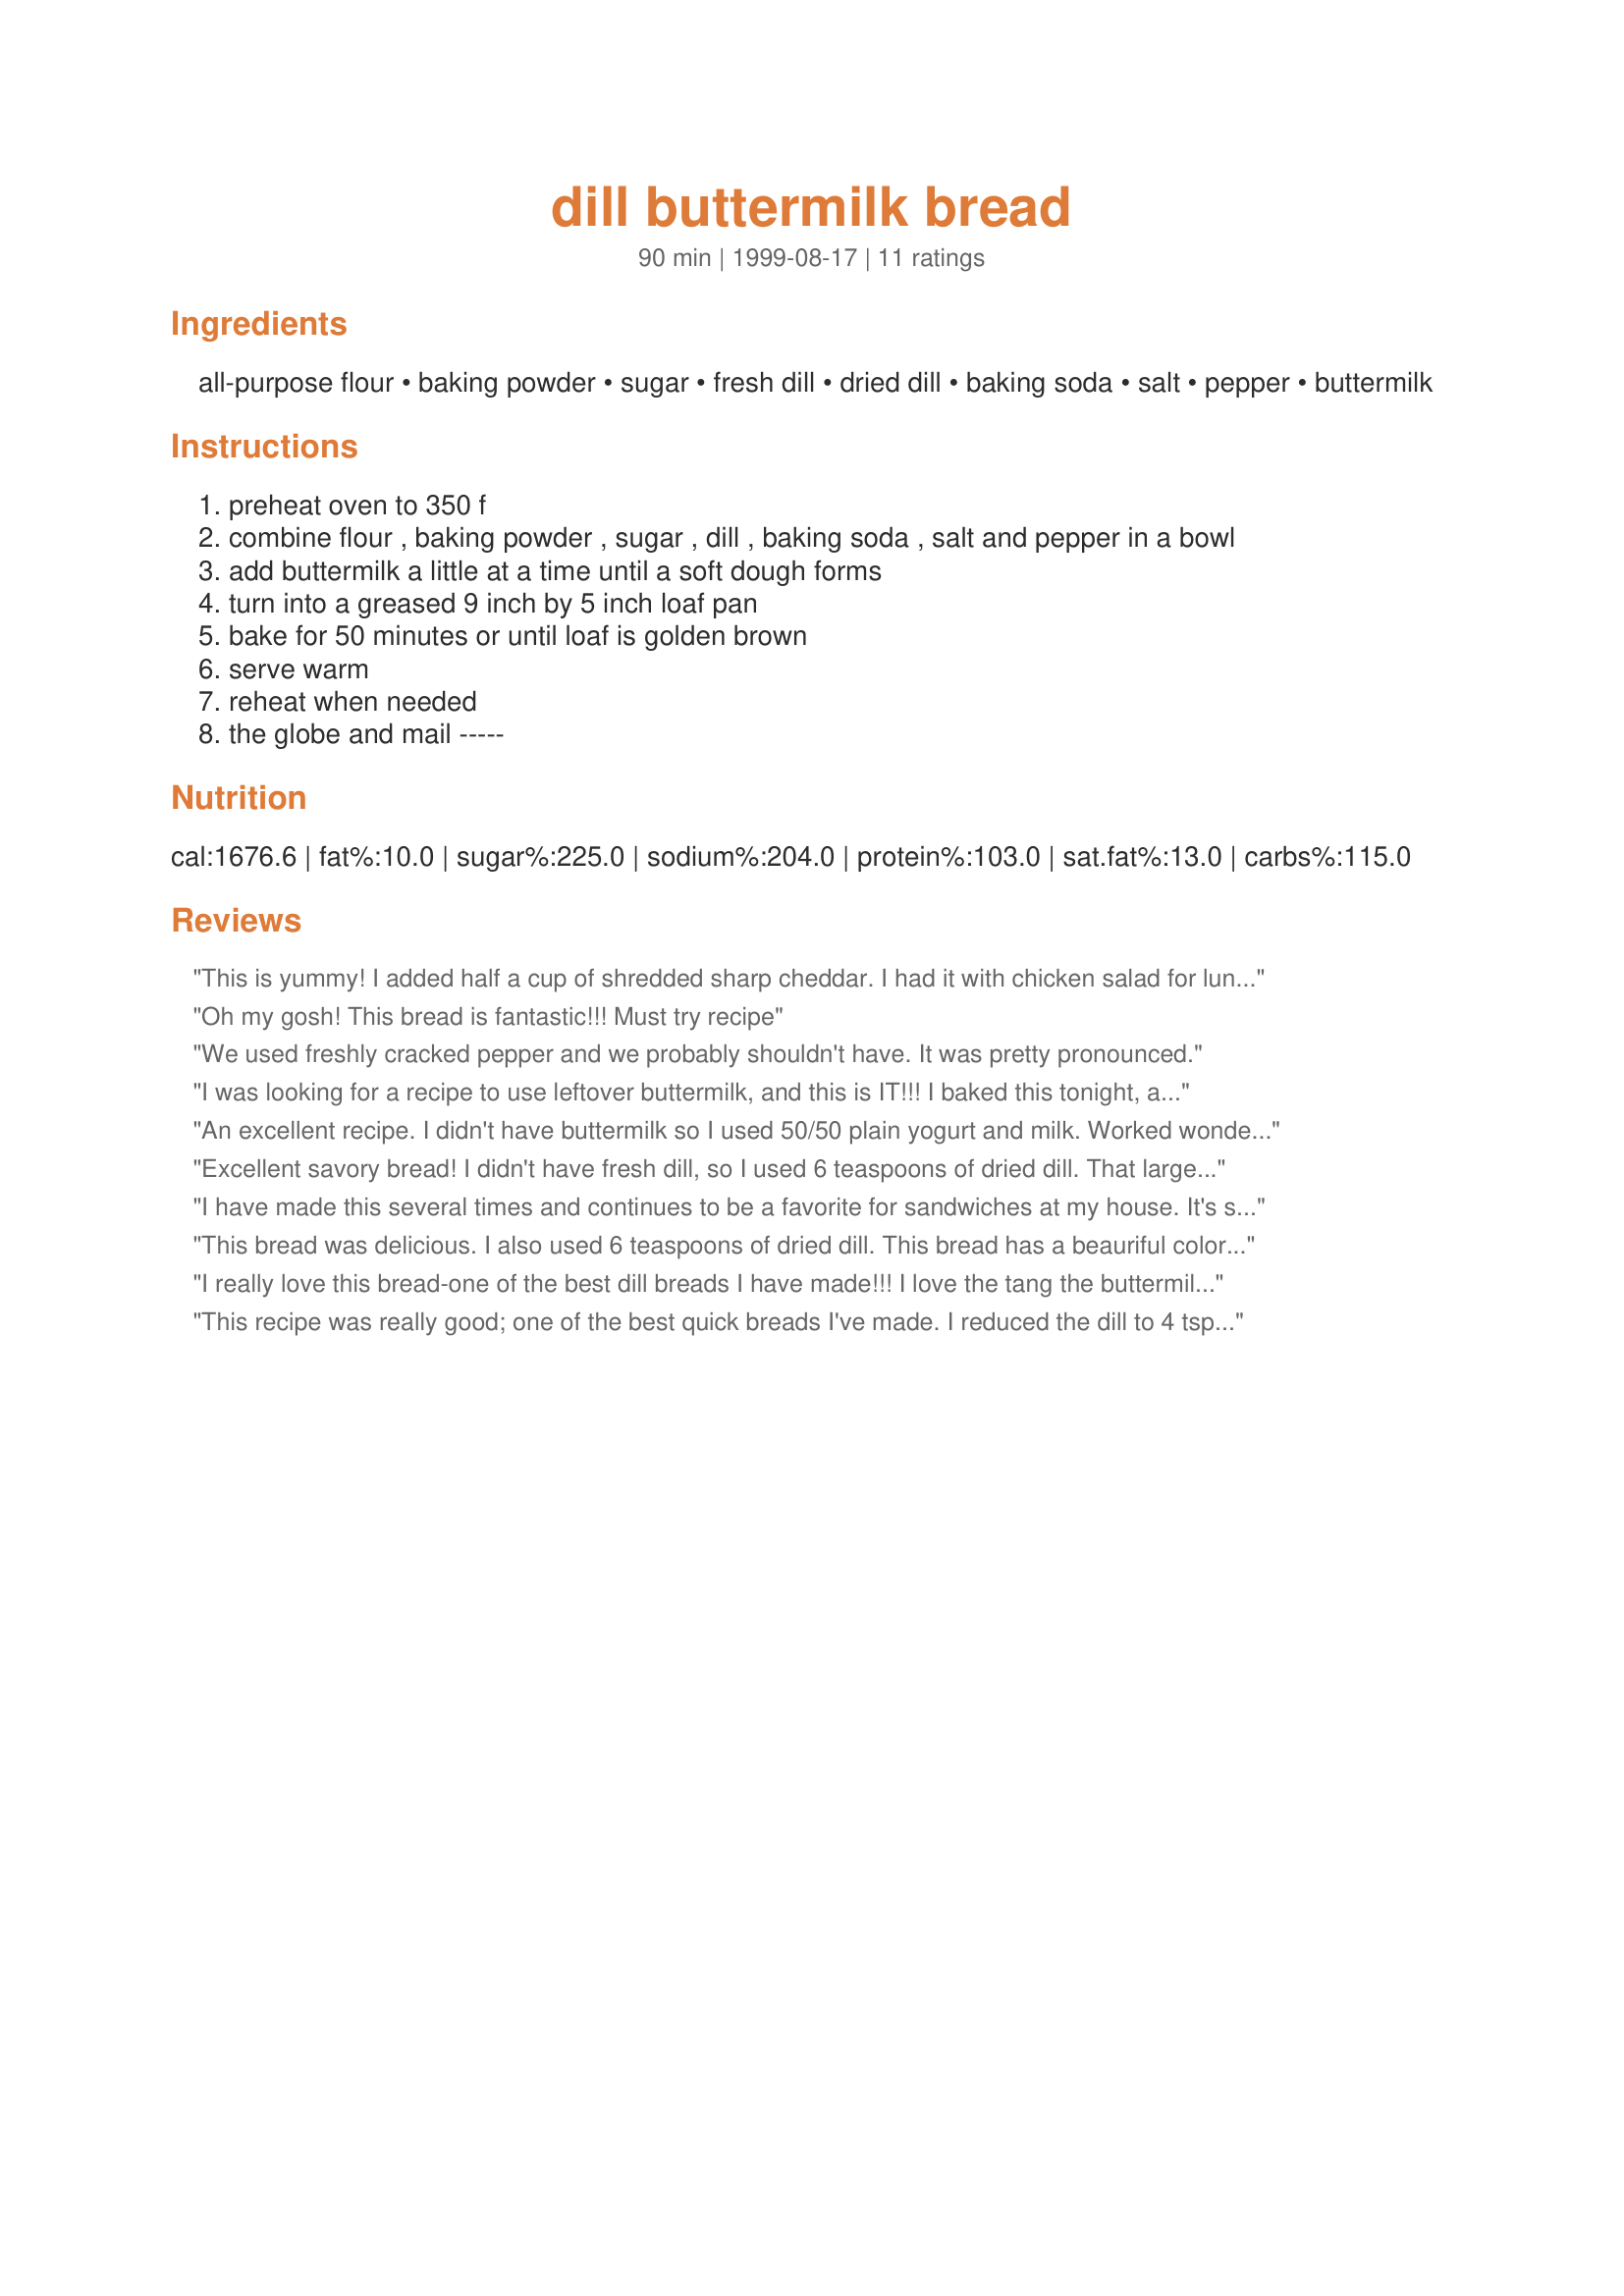
dill buttermilk bread
Preparation time: 90 minutes

Ingredients:
all-purpose flour, baking powder, sugar, fresh dill, dried dill, baking soda, salt, pepper, buttermilk

Steps:
preheat oven to 350 f
combine flour , baking powder , sugar , dill , baking soda , salt and pepper in a bowl
add buttermilk a little at a time until a soft dough forms
turn into a greased 9 inch by 5 inch loaf pan
bake for 50 minutes or until loaf is golden brown
serve warm
reheat when needed
the globe and mail -----

Reviews:
This is yummy! I added half a cup of shredded sharp cheddar. I had it with chicken salad for lunch and serving it with vegetable soup for dinner. Thanks for the recipe!
Oh my gosh! This bread is fantastic!!! Must try recipe
We used freshly cracked pepper and we probably shouldn't have. It was pretty pronounced.
I was looking for a recipe to use leftover buttermilk, and this is IT!!! I baked this tonight, and it is VERY GOOD! I made open egg salad sandwiches using this recipe, and my husband wants to have it again tomorrow night. THANK YOU!!
An excellent recipe. I didn't have buttermilk so I used 50/50 plain yogurt and milk. Worked wonderful but I did increase the liquid to 2 cups. A nice moist bread with great flavor. A definite winner.
Excellent savory bread! I didn't have fresh dill, so I used 6 teaspoons of dried dill. That large amount of leavening in this recipe made it rise beautifully and I was even afraid it would spill out of my pan while baking because it was rising so rapidly, but everything turned out great! I had this toasted with Mirjam's Homemade Cream Cheese (#13373) for breakfast today; wonderful! :-) Thanks for this one!
I have made this several times and continues to be a favorite for sandwiches at my house. It's so amazingly easy, even when I don't have any buttermilk in the house I either use lemon juice in the milk or vinegar. No matter what I make it with it always turns out spectacular, thanks!
This bread was delicious. I also used 6 teaspoons of dried dill. This bread has a beauriful color and the texture was perfect. I sliced it and put egg salad in it. Yummy!!. I friend came over and I served it toasted with some cream cheese and butter. Delicious. Thanks Jacques Lorrain for such a wonderful recipe. This is diffinitly a keeper.
I really love this bread-one of the best dill breads I have made!!! I love the tang the buttermilk adds to the flavors. I used 4 tsp. dried dill (did not have any fresh). I made 2 loaves and added minced garlic to one. Both loaves went to making sandwiches-tunafish, chicken salad, honey ham, and smoked turkey---all were delicious!!! Thank you so much for a great recipe!!! Update: had leftovers from last loaf so I made croutons-and they are wonderful, too!!!
This recipe was really good; one of the best quick breads I've made. I reduced the dill to 4 tsp. of dried; I LOVE dill, but have to go a little easier on it for my husband's tastes. I added several cloves of sliced garlic (a favorite add-in of mine) and omitted the pepper (I don't like black pepper). The only thing was that it only took 35 minutes to be very thoroughly done, so I'd check it more carefully next time to make sure I'm not over-cooking.
I served this with Salmon for my sisters birthday dinner - it was perfect. Thanks!
